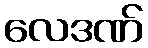
လေဒဏ်